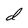
Character: d